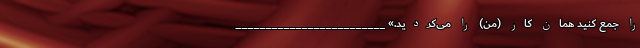
را جمع کنید همان کار (من) را می‌کردید.» _________________________